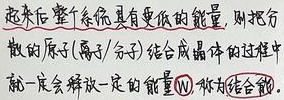
起来后整个系统具有更低的能量，则把行
散的原子/离子/分子 结合成晶体的过程中
就一定会释放一定的能量(\(W\)) 称为结合能。